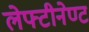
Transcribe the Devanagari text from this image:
लेफ्टीनेण्ट